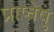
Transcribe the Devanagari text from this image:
प्राप्तेषु